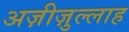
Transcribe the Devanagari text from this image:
अज़ीज़ुल्लाह